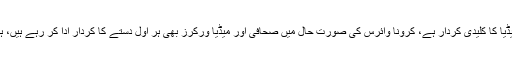
وزیر اعظم عمران خان کا کہنا تھا کہ کرونا وائرس کے درپیش چیلنج سے نمٹنے میں میڈیا کا کلیدی کردار ہے، کرونا وائرس کی صورت حال میں صحافی اور میڈیا ورکرز بھی ہر اول دستے کا کردار ادا کر رہے ہیں، ہم میڈیا ورکرز کا تحفظ، انڈسٹری کی مشکلات کم کرنے کی ہر ممکن کوشش کریں گے۔